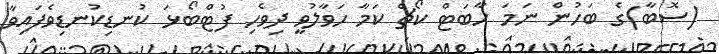
(ސޮބާ)ގެ ބަހުން ނަމަ ހާބަޓް ކޯޗް ކަމާ ހަވާލުވީ ދިވެހި ފުޓްބޯޅަ ކުނޑިކުނޑިވެފައިވާ